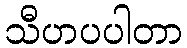
သီဟပပါတာ